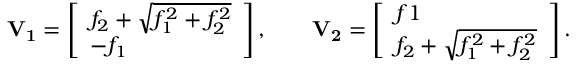
\mathbf { V _ { 1 } } = \left[ \begin{array} { l } { f _ { 2 } + \sqrt { f _ { 1 } ^ { 2 } + f _ { 2 } ^ { 2 } } } \\ { - f _ { 1 } } \end{array} \right] , \qquad \mathbf { V _ { 2 } } = \left[ \begin{array} { l } { f 1 } \\ { f _ { 2 } + \sqrt { f _ { 1 } ^ { 2 } + f _ { 2 } ^ { 2 } } } \end{array} \right] .